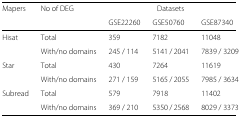
<table><thead><tr><td><b>Mapers</b></td><td><b>No of DEG</b></td><td colspan="3"><b>Datasets</b></td></tr><tr><td></td><td></td><td><b>GSE22260</b></td><td><b>GSE50760</b></td><td><b>GSE87340</b></td></tr></thead><tbody><tr><td>Hisat</td><td>Total</td><td>359</td><td>7182</td><td>11048</td></tr><tr><td></td><td>With/no domains</td><td>245 / 114</td><td>5141 / 2041</td><td>7839 / 3209</td></tr><tr><td>Star</td><td>Total</td><td>430</td><td>7264</td><td>11619</td></tr><tr><td></td><td>With/no domains</td><td>271 / 159</td><td>5165 / 2055</td><td>7985 / 3634</td></tr><tr><td>Subread</td><td>Total</td><td>579</td><td>7918</td><td>11402</td></tr><tr><td></td><td>With/no domains</td><td>369 / 210</td><td>5350 / 2568</td><td>8029 / 3373</td></tr></tbody></table>